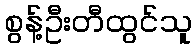
စွန့်ဦးတီထွင်သူ